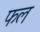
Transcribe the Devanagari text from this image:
फल